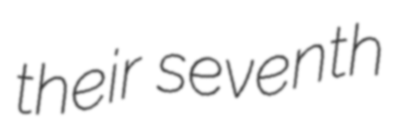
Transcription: their seventh